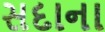
સદાના